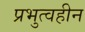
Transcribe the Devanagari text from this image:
प्रभुत्वहीन